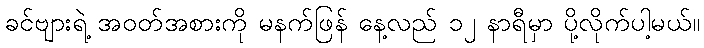
ခင်ဗျားရဲ့ အဝတ်အစားကို မနက်ဖြန် နေ့လည် ၁၂ နာရီမှာ ပို့လိုက်ပါ့မယ်။